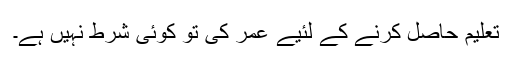
تعلیم حاصل کرنے کے لئیے عمر کی تو کوئی شرط نہیں ہے۔